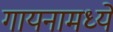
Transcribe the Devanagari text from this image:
गायनामध्ये